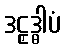
ဒဠှဒ္ဓါပံ